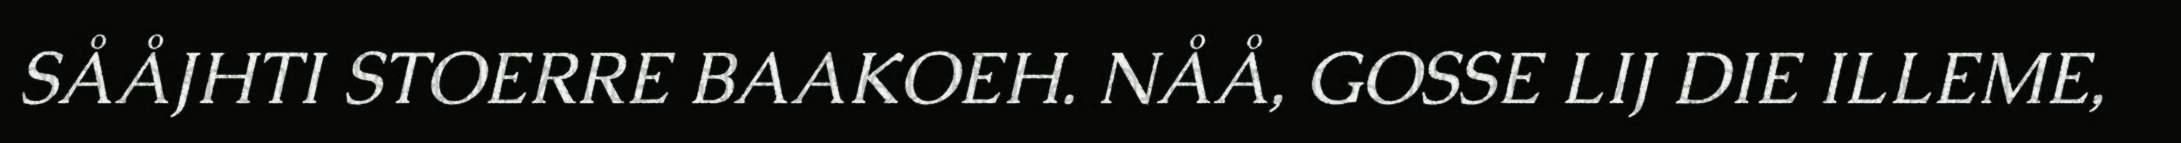
SÅÅJHTI STOERRE BAAKOEH. NÅÅ, GOSSE LIJ DIE ILLEME,